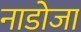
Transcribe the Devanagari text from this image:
नाडोजा